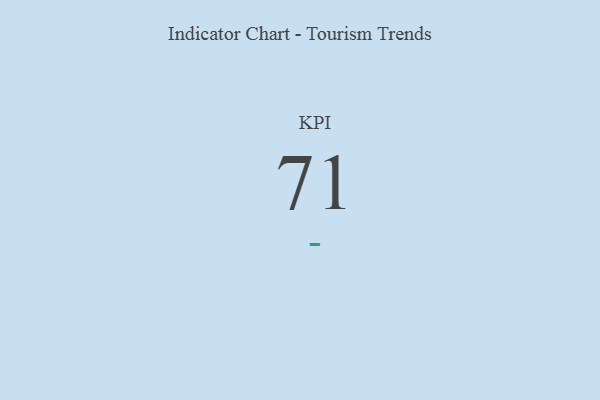
{"axis": {"x": "KPI", "y": "Value"}, "legend": [""], "data": [{"x": "KPI", "y": 71, "type": ""}]}